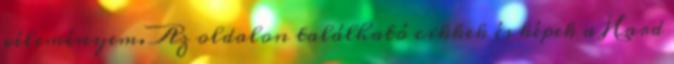
véleményem. Az oldalon található cikkek és képek a Hard